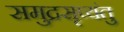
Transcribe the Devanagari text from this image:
समुद्रसृप्यंतु